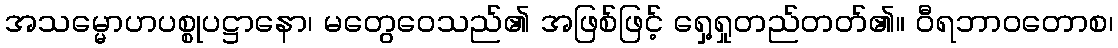
အသမ္မောဟပစ္စုပဋ္ဌာနော၊ မတွေဝေသည်၏ အဖြစ်ဖြင့် ရှေ့ရှုတည်တတ်၏။ ဝီရဘာဝတောစ၊